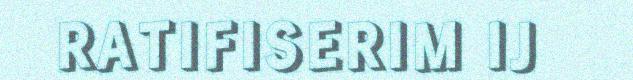
RATIFISERIM IJ